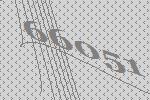
66051